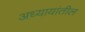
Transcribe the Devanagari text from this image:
अध्यायांतील